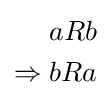
{\begin{aligned}&aRb\\\Rightarrow {}&bRa\end{aligned}}